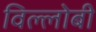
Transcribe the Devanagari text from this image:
विल्लोबी